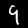
Label: 9